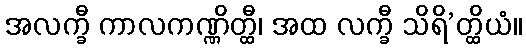
အလက္ခီ ကာလကဏ္ဏိတ္ထီ၊ အထ လက္ခီ သိရိ’တ္ထိယံ။